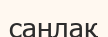
саңлақ